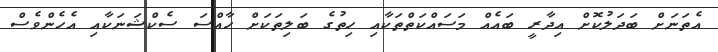
އެތަނަށް ބަދަލުކޮށް އިދާރީ ބައެއް މަސައްކަތްތަކާއި ހިތުގެ ބަލިތަކަށް ހާއްސަ ސެކްޝަނަކާއި އެހެންވެސް